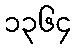
၁၃၆၄